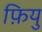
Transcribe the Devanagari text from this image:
फ़ियु